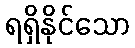
ရရှိနိုင်သော